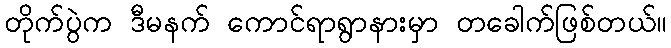
တိုက်ပွဲက ဒီမနက် ကောင်ရာရွာနားမှာ တခေါက်ဖြစ်တယ်။